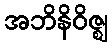
အဘိနိဝိဇ္ဈ